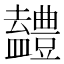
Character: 𭾖